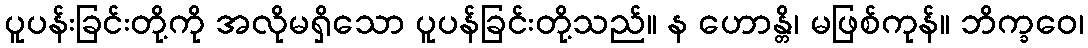
ပူပန်းခြင်းတို့ကို အလိုမရှိသော ပူပန်ခြင်းတို့သည်။ န ဟောန္တိ၊ မဖြစ်ကုန်။ ဘိက္ခဝေ၊